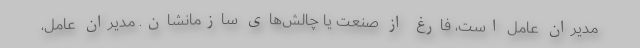
مدیران عامل است، فارغ از صنعت یا چالش‌های سازمانشان. مدیران عامل،